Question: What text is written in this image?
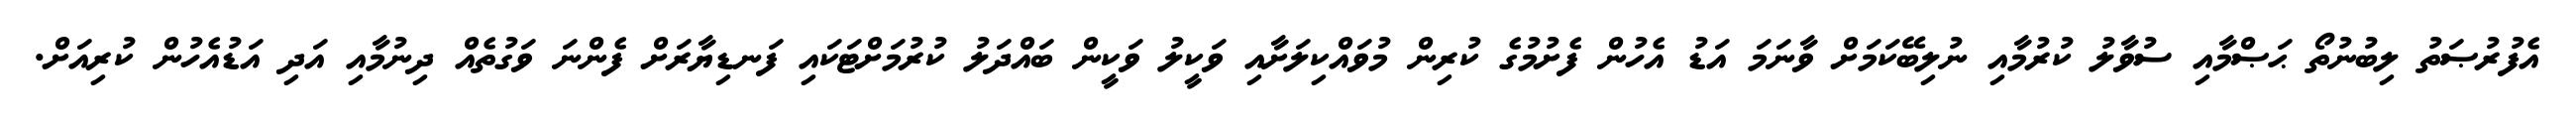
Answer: އެފުރުޞަތު ލިބުނުތޯ ޙަޞްމާއި ސުވާލު ކުރުމާއި ނުލިބޭކަމަށް ވާނަމަ އަޑު އެހުން ފެށުމުގެ ކުރިން މުވައްކިލަށާއި ވަކީލު ވަކީން ބައްދަލު ކުރުމަށްޓަކައި ފަނޑިޔާރަށް ފެންނަ ވަގުތެއް ދިނުމާއި އަދި އަޑުއެހުން ކުރިއަށް.